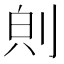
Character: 𪟇